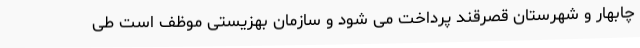
چابهار و شهرستان قصرقند پرداخت می شود و سازمان بهزیستی موظف است طی